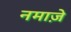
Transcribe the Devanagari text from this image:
नमाज़े